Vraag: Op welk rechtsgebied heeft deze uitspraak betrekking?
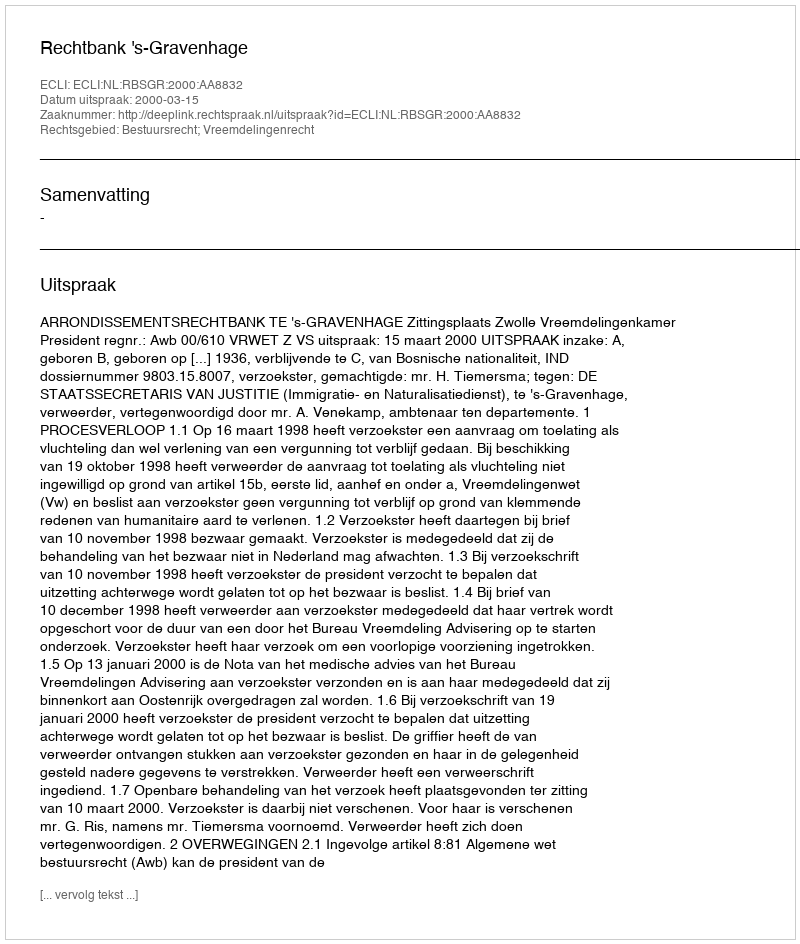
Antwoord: Bestuursrecht; Vreemdelingenrecht